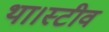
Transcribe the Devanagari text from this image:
था।स्टीव